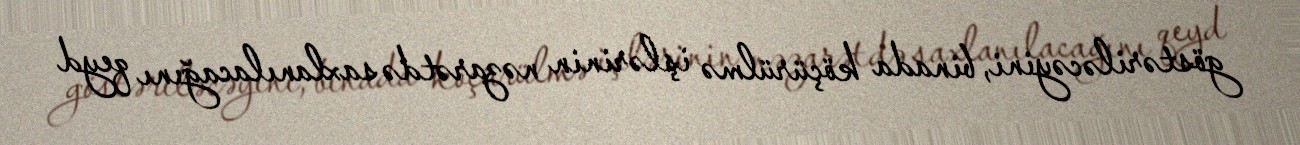
göstəriləcəyini, binada köçürülmə işlərinin nəzarətdə saxlanılacağını qeyd